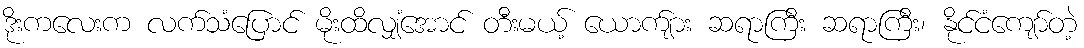
ဒိုးကလေးက လက်သံပြောင် မိုးထိလျှံအောင် တီးမယ့် ယောက်ျား ဆရာကြီး ဆရာကြီး၊ နိုင်ငံကျော်တဲ့